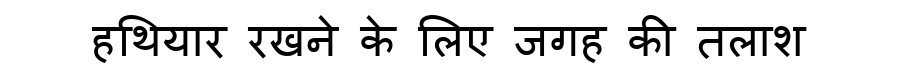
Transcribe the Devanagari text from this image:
हथियार रखने के लिए जगह की तलाश